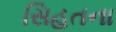
સિહતના